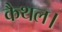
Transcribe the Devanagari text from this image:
कैथल।